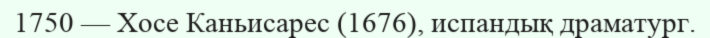
1750 — Хосе Каньисарес (1676), испандық драматург.